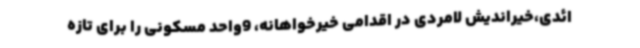
ائدی،خیراندیش لامردی در اقدامی خیرخواهانه، 9واحد مسکونی را برای تازه